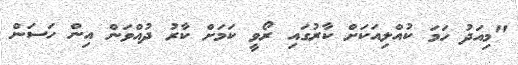
"މިއަދު ހަމަ ކުއްލިއަކަށް ކާރުގައި ރޯވީ ކަމަށް ކާރު ދުއްވަން އިން ހަސަން